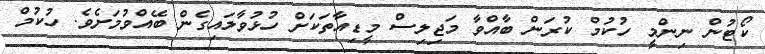
ކޯޓުން ނިންމީ ހުކުމް ކުރަން ބާއްވާ މަޖިލިސް މީޑިއާތަކަށް ހުޅުވާލައިގެން ބޭއްވުމަށެވެ. ހުކުމް